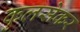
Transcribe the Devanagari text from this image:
कुलसेकर